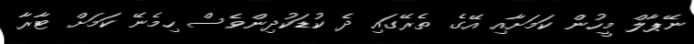
ނޭޕާލް މީހުން ކަމަށާއި އޭގެ ތެރޭގައި ދެ ކުޑަކުދިންވެސް ހިމެނޭ ކަމަށް ޓާރާ